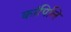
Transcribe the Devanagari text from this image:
कांपिलि